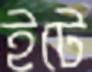
ইটে